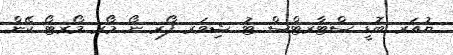
ޔުއަރ ބޮޑީ ސްޓާރޓްސް ޓު ޝިވަރ ފޯރ ނޯ މޯރ މޯރޓޯ ކޭން